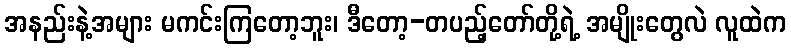
အနည်းနဲ့အများ မကင်းကြတော့ဘူး၊ ဒီတော့-တပည့်တော်တို့ရဲ့ အမျိုးတွေလဲ လူထဲက